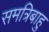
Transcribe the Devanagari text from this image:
समत्रिबाहु